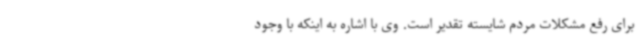
برای رفع مشکلات مردم شایسته تقدیر است. وی با اشاره به اینکه با وجود